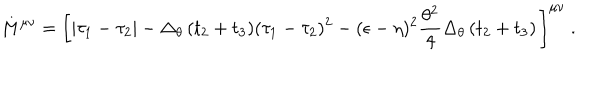
M ^ { \mu \nu } = \left[ \vert \tau _ { 1 } - \tau _ { 2 } \vert - \Delta _ { \theta } \, ( t _ { 2 } + t _ { 3 } ) ( \tau _ { 1 } - \tau _ { 2 } ) ^ { 2 } - ( \epsilon - \eta ) ^ { 2 } { \frac { \theta ^ { 2 } } { 4 } } \Delta _ { \theta } \, ( t _ { 2 } + t _ { 3 } ) \, \right] ^ { \mu \nu } \ .